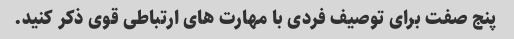
پنج صفت برای توصیف فردی با مهارت های ارتباطی قوی ذکر کنید.